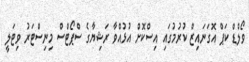
ވޯލްޑް ކަޕް އޮގަނައިޒް ކުރުމުގައި އިސްކޮށް އުޅުއްވާ ރަޝިޔާގެ ސްޕޯޓްސް މިނިސްޓަރު ވިޓަލީ